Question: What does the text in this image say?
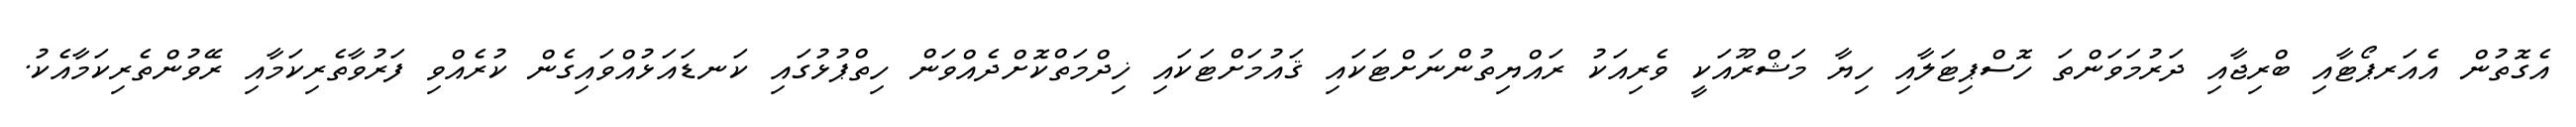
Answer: އެގޮތުން އެއަރޕޯޓާއި ބްރިޖާއި ދަރުމަވަންތަ ހޮސްޕިޓަލާއި ހިޔާ މަޝްރޫއަކީ ވެރިއަކު ރައްޔިތުންނަށްޓަކައި ޤައުމަށްޓަކައި ޚިދްމަތްކޮށްދެއްވަން ހިތްޕުޅުގައި ކަނޑައަޅުއްވައިގެން ކުރެއްވި ފަރުވާތެރިކަމާއި ރޭވުންތެރިކަމާއެކު.